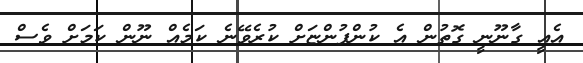
އެއީ ގާނޫނީ ގޮތުން އެ ކުންފުންޏަށް ކުރެވޭނެ ކަމެއް ނޫން ކަމަށް ވެސް